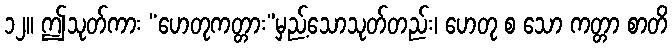
၁၂။ ဤသုတ်ကား “ဟေတုကတ္တား”မှည့်သောသုတ်တည်း၊ ဟေတု စ သော ကတ္တာ စာတိ